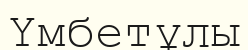
Үмбетұлы